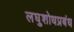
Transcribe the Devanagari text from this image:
लघुशोधप्रबंध